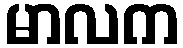
မာလက